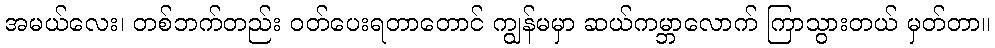
အမယ်လေး၊ တစ်ဘက်တည်း ဝတ်ပေးရတာတောင် ကျွန်မမှာ ဆယ်ကမ္ဘာလောက် ကြာသွားတယ် မှတ်တာ။